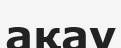
ақау